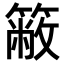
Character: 𥳆